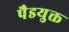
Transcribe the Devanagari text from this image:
पैडयुक्त